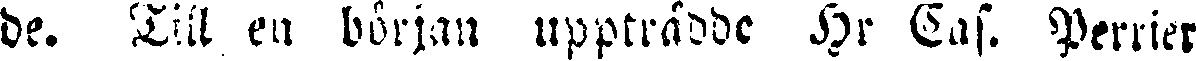
de. Till en början uppträdde Hr Cas. Perrier